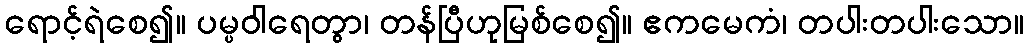
ရောင့်ရဲစေ၍။ ပမ္ပဝါရေတွာ၊ တန်ပြီဟုမြစ်စေ၍။ ဧကမေကံ၊ တပါးတပါးသော။